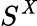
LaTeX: S^{\mathit{X}}